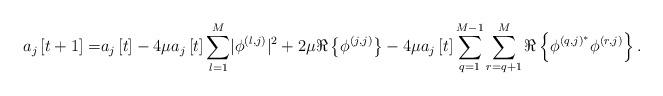
LaTeX: \begin{align*} a_j\left[t+1\right]=&a_j\left[t\right]-4\mu a_j\left[t\right]\sum_{l=1}^{M}\lvert\phi^{\left(l,j\right)}\rvert^2+2\mu\Re\left\{\phi^{\left(j,j\right)}\right\}-4\mu a_j\left[t\right]\sum_{q=1}^{M-1}\sum_{r=q+1}^{M}\Re\left\{\phi^{\left(q,j\right)^*}\phi^{\left(r,j\right)}\right\}.\end{align*}